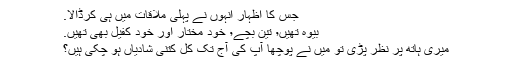
جس کا اظہار انہوں نے پہلی ملاقات میں ہی کرڈالا.
بیوە تھیں٬ تین بچے٬ خود مختار اور خود کفیل بھی تھیں.
میری ہاتھ پر نظر پڑی تو میں نے پوچھا آپ کی آج تک کُل کتنی شادیاں ہو چکی ہیں؟